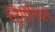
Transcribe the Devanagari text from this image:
स्ट्रैमोनियम